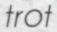
trot